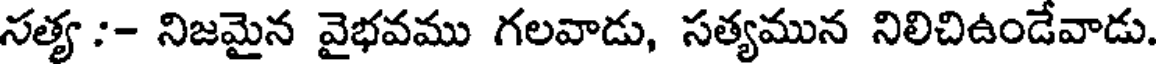
సత్య :- నిజమైన వైభవము గలవాడు, సత్యమున నిలిచిఉండేవాడు.